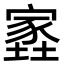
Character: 𡑫